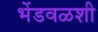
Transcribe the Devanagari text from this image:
भेंडवळशी